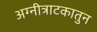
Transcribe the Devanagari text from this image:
अग्नीत्राटकातुन